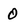
Character: 0